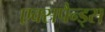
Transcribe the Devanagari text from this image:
एक्सपैन्ड्स